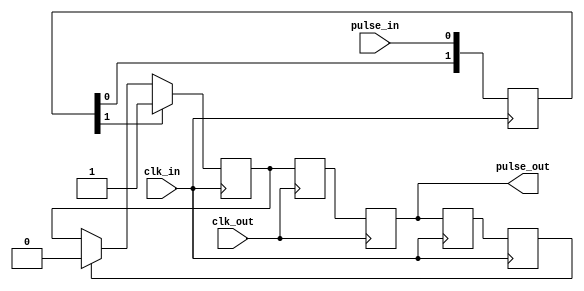
module cdc_reset_sync (
    input wire clk_in,
    input wire pulse_in,
    input wire clk_out,
    output wire pulse_out
);

wire aq_sync;

reg [1:0] in_pre_sync;
always @(posedge clk_in) begin
    in_pre_sync[0] <= pulse_in;
    in_pre_sync[1] <= in_pre_sync[0];
end

reg in_sync_pulse;
initial in_sync_pulse = 0;  // works only in FPGA
always @(posedge clk_in) begin
    if (in_pre_sync[1])
        in_sync_pulse <= 1;
    else if (aq_sync)
        in_sync_pulse <= 0;
end

(* ASYNC_REG = "TRUE" *) reg out_sync_ff_1;
(* ASYNC_REG = "TRUE" *) reg out_sync_ff_2;
always @(posedge clk_out) begin
    out_sync_ff_1 <= in_sync_pulse;
    out_sync_ff_2 <= out_sync_ff_1;
end

assign pulse_out = out_sync_ff_2;

(* ASYNC_REG = "TRUE" *) reg aq_sync_ff_1;
(* ASYNC_REG = "TRUE" *) reg aq_sync_ff_2;
always @(posedge clk_in) begin
    aq_sync_ff_1 <= out_sync_ff_2;
    aq_sync_ff_2 <= aq_sync_ff_1;
end

assign aq_sync = aq_sync_ff_2;

endmodule